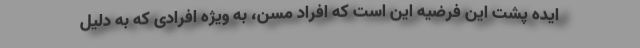
ایده پشت این فرضیه این است که افراد مسن، به ویژه افرادی که به دلیل